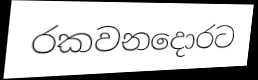
රකවනදොරට